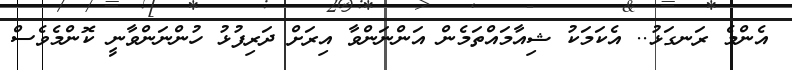
އެންމެ ރަނގަޅު.. އެކަމަކު ޝިއާމައްތަމެން އަންނަންވާ އިރަށް ދަރިފުޅު ހުންނަންވާނީ ކޮންމެވެސް